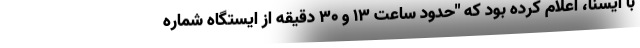
با ایسنا، اعلام کرده بود که "حدود ساعت ۱۳ و ۳۰ دقیقه از ایستگاه شماره